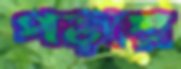
পড়ায়